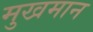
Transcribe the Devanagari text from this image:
मुखमान